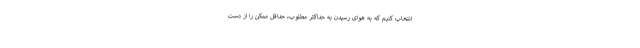
انتخاب کنیم که به هوای رسیدن به حداکثر مطلوب، حداقل ممکن را از دست